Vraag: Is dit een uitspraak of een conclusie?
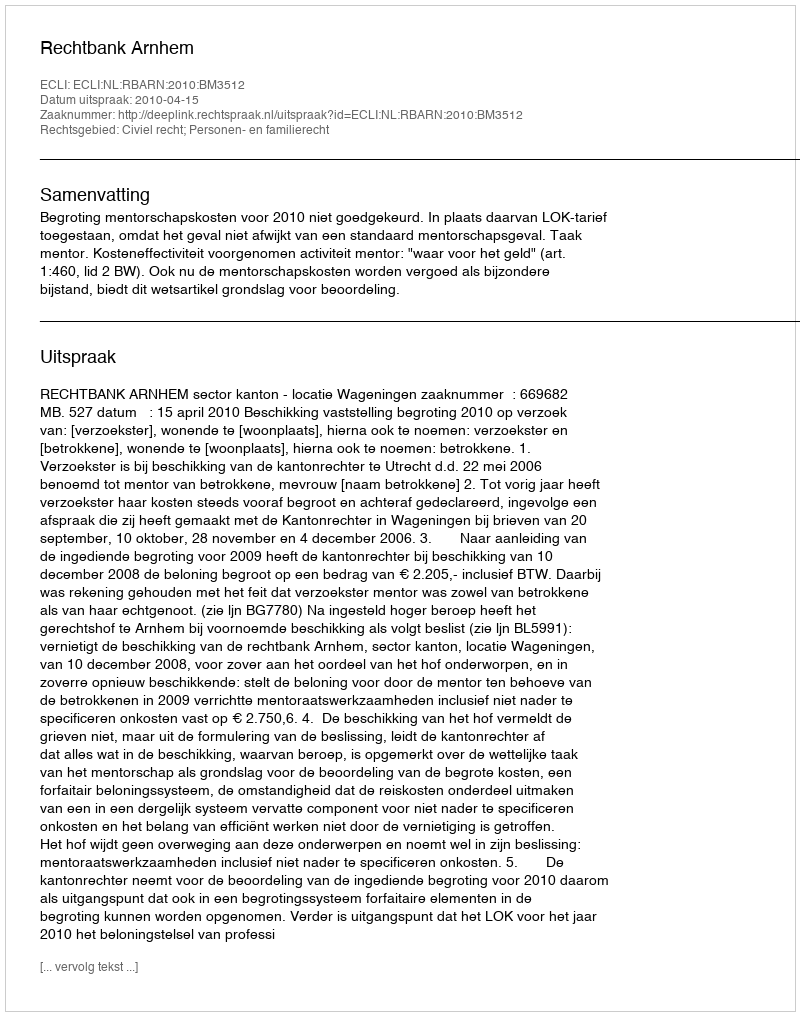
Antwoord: Uitspraak